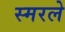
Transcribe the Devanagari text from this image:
स्मरले